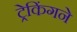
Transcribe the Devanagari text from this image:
ट्रेकिंगने